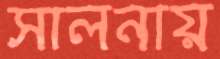
সালনায়